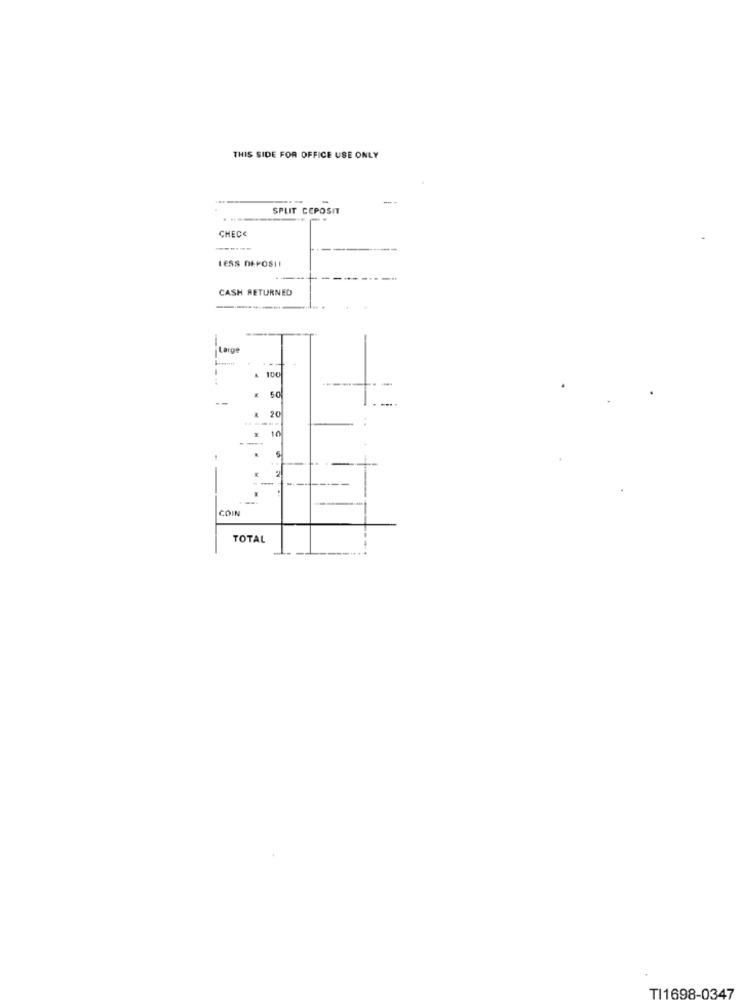
THIS SIDE FOR OFFICE USE ONLY
----
--
SPLIT CEPOSIT
CHECC
LESS DEPOSII
CASH RETURNED
Large
& 100
------
20
10
COIN
TOTAL
TI1698-0347